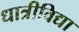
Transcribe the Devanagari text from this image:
धात्रीविद्या